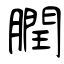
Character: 膶